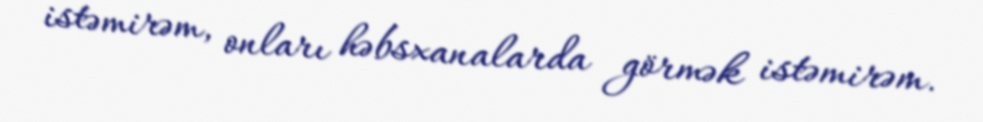
istəmirəm, onları həbsxanalarda görmək istəmirəm.